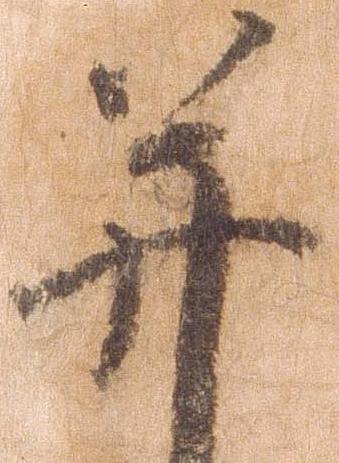
并